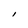
Character: I